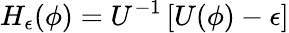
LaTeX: {H}_{\epsilon}(\phi)={U}^{-1}\left[{U}(\phi)-\epsilon\right]